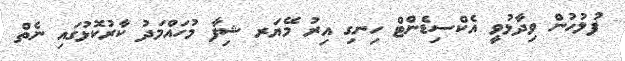
ފުލުހުން ވިދާޅުވީ އެކްސިޑެންޓް ހިނގި އިރު މޭޔަރ ޝިފާ މުހައްމަދު ކާރުކޮޅުގައި ނެތް